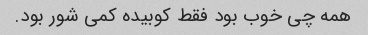
همه چی خوب بود فقط کوبیده کمی شور بود.